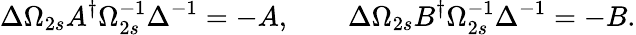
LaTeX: \Delta\Omega_{2s}A^{\dagger}\Omega_{2s}^{-1}\Delta^{-1}=-A,\qquad\Delta\Omega_{2s}B^{\dagger}\Omega_{2s}^{-1}\Delta^{-1}=-B.